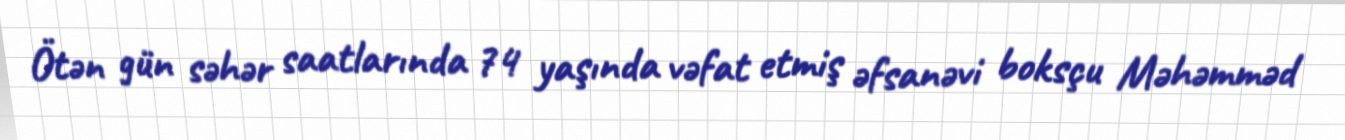
Ötən gün səhər saatlarında 74 yaşında vəfat etmiş əfsanəvi boksçu Məhəmməd